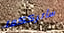
سأترككما